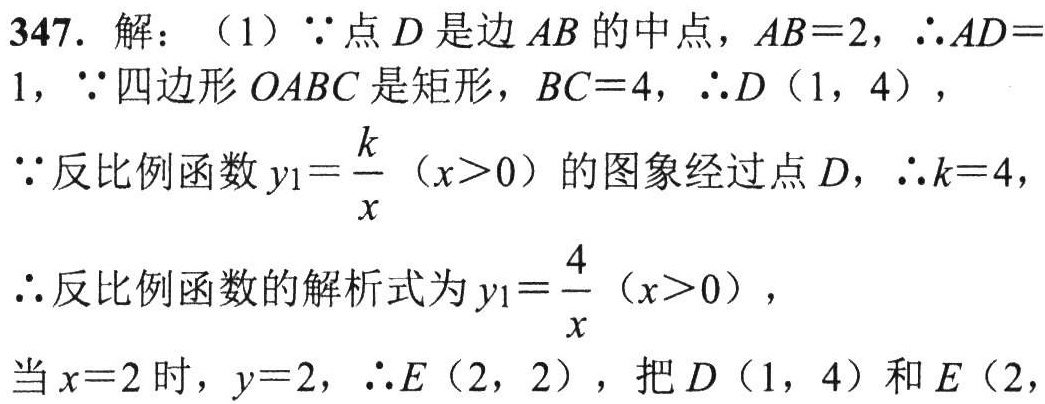
347. 解：（1）$\because$点$D$是边$AB$的中点，$AB = 2$，$\therefore AD = 1$，$\because$四边形$OABC$是矩形，$BC = 4$，$\therefore D(1,4)$，

$\because$反比例函数$y_{1}=\frac{k}{x}(x > 0)$的图象经过点$D$，$\therefore k = 4$，

$\therefore$反比例函数的解析式为$y_{1}=\frac{4}{x}(x > 0)$，

当$x = 2$时，$y = 2$，$\therefore E(2,2)$，把$D(1,4)$和$E(2,$